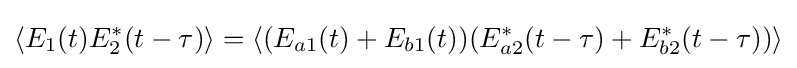
\langle E_{1}(t)E_{2}^{*}(t-\tau )\rangle =\langle (E_{a1}(t)+E_{b1}(t))(E_{a2}^{*}(t-\tau )+E_{b2}^{*}(t-\tau ))\rangle